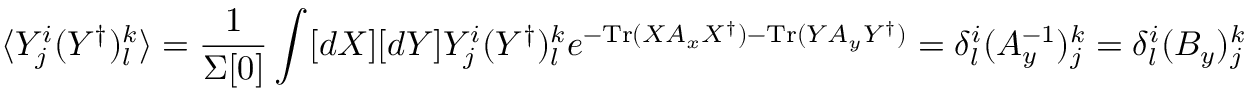
\langle Y _ { j } ^ { i } ( Y ^ { \dagger } ) _ { l } ^ { k } \rangle = \frac { 1 } { \Sigma [ 0 ] } \int [ d X ] [ d Y ] Y _ { j } ^ { i } ( Y ^ { \dagger } ) _ { l } ^ { k } e ^ { - \mathrm { T r } ( X A _ { x } X ^ { \dagger } ) - \mathrm { T r } ( Y A _ { y } Y ^ { \dagger } ) } = \delta _ { l } ^ { i } ( A _ { y } ^ { - 1 } ) _ { j } ^ { k } = \delta _ { l } ^ { i } ( B _ { y } ) _ { j } ^ { k }